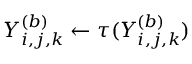
Y _ { i , j , k } ^ { ( b ) } \gets \tau ( Y _ { i , j , k } ^ { ( b ) } )